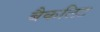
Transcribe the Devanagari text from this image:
बैकलिट